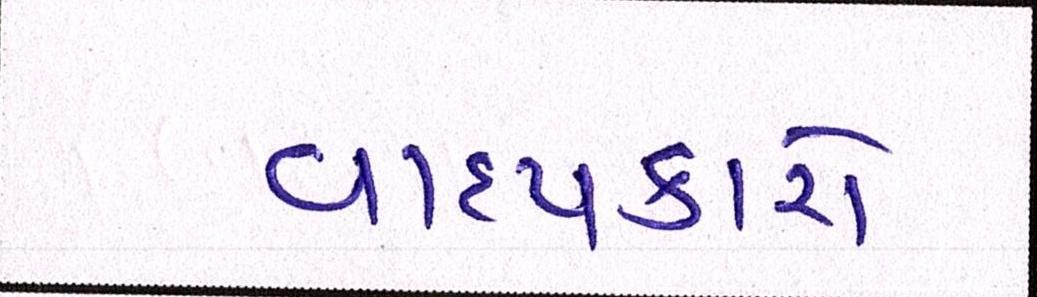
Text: વાદ્યકારો